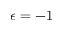
\epsilon = - 1